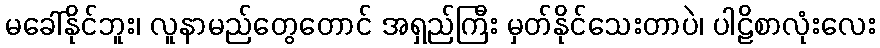
မခေါ်နိုင်ဘူး၊ လူနာမည်တွေတောင် အရှည်ကြီး မှတ်နိုင်သေးတာပဲ၊ ပါဠိစာလုံးလေး